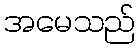
အမေသည်